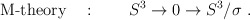
\begin{align*}\mbox{M-theory}\quad : \qquad S^3\to 0\to S^3/\sigma~.\end{align*}